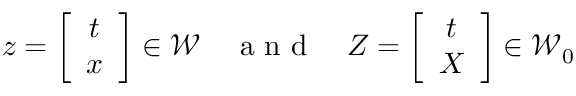
\boldsymbol { z } = \left[ \begin{array} { c } { t } \\ { \boldsymbol { x } } \end{array} \right] \in { \mathcal W } \quad \mathrm { ~ a ~ n ~ d ~ } \quad \boldsymbol { Z } = \left[ \begin{array} { c } { t } \\ { \boldsymbol { X } } \end{array} \right] \in { \mathcal W } _ { 0 }